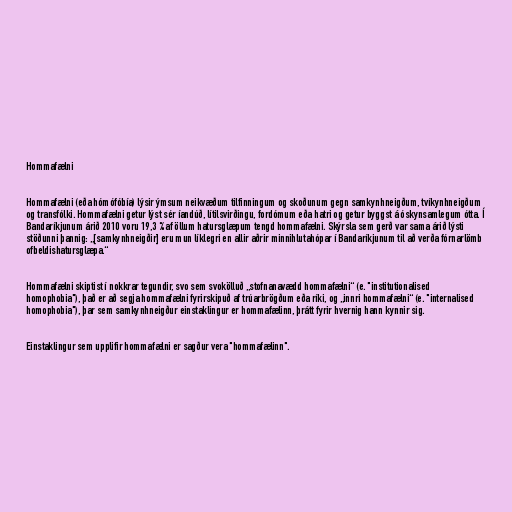
Hommafælni

Hommafælni (eða hómófóbía) lýsir ýmsum neikvæðum tilfinningum og skoðunum gegn samkynhneigðum, tvíkynhneigðum
og transfólki. Hommafælni getur lýst sér íandúð, lítilsvirðingu, fordómum eða hatri og getur byggst á óskynsamlegum ótta. Í
Bandaríkjunum árið 2010 voru 19,3 % af öllum hatursglæpum tengd hommafælni. Skýrsla sem gerð var sama árið lýsti
stöðunni þannig: „[samkynhneigðir] eru mun líklegri en allir aðrir minnihlutahópar í Bandaríkjunum til að verða fórnarlömb
ofbeldishatursglæpa.“

Hommafælni skiptist í nokkrar tegundir, svo sem svokölluð „stofnanavædd hommafælni“ (e. "institutionalised
homophobia"), það er að segja hommafælni fyrirskipuð af trúarbrögðum eða ríki, og „innri hommafælni“ (e. "internalised
homophobia"), þar sem samkynhneigður einstaklingur er hommafælinn, þrátt fyrir hvernig hann kynnir sig.

Einstaklingur sem upplifir hommafælni er sagður vera "hommafælinn".